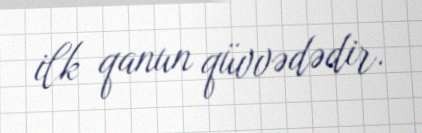
ilk qanun qüvvədədir.